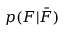
p ( F | \bar { F } )